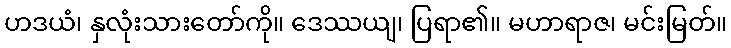
ဟဒယံ၊ နှလုံးသားတော်ကို။ ဒေဿယျ၊ ပြရာ၏။ မဟာရာဇ၊ မင်းမြတ်။